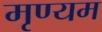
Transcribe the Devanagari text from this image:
मृण्यम